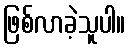
ဖြစ်လာခဲ့သူပါ။